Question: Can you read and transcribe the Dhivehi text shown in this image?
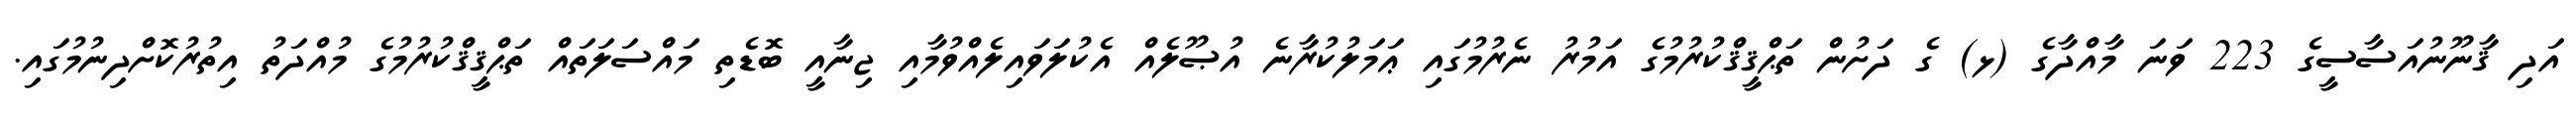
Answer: އަދި ޤާނޫނުއަސާސީގެ 223 ވަނަ މާއްދާގެ (ޅ) ގެ ދަށުން ތަޙްޤީޤްކުރުމުގެ އަމުރު ނެރުމުގައި ޢަމަލުކުރާނެ އުޞޫލެއް އެކުލަވައިލެއްވުމާއި ޖިނާއީ ބޮޑެތި މައްސަލަތައް ތަޙްޤީޤްކުރުމުގެ މުއްދަތު އިތުރުކޮށްދިނުމުގައި.